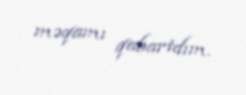
məqamı qabartdım.